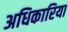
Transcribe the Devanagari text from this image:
अधिकारिया